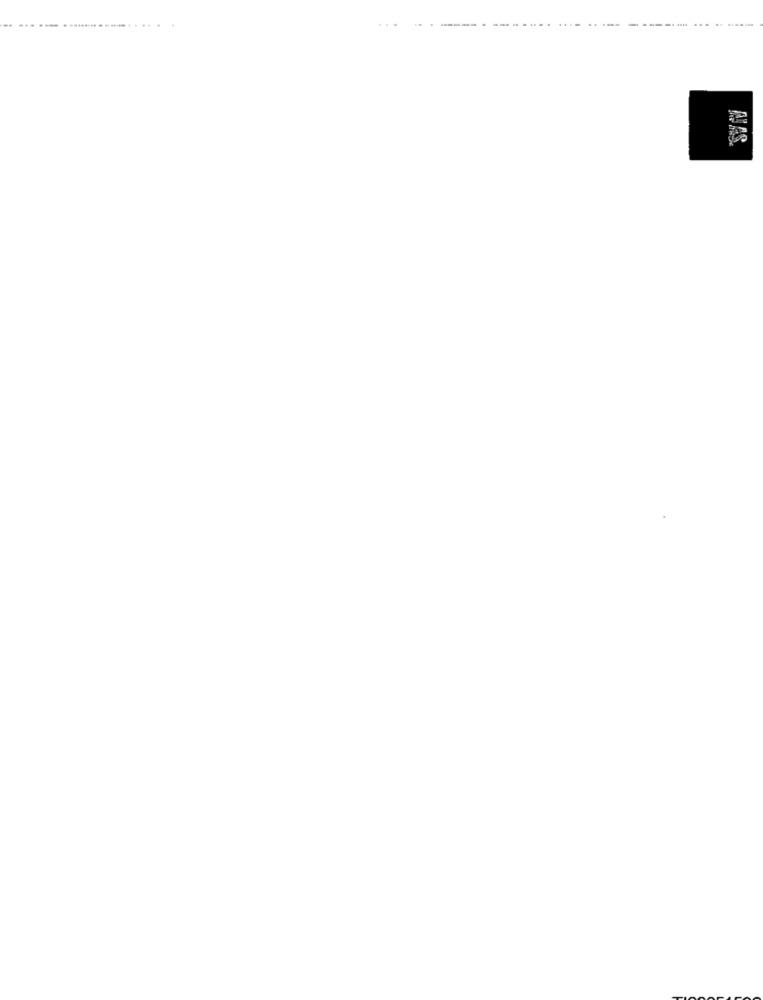
...
--
---
NAS